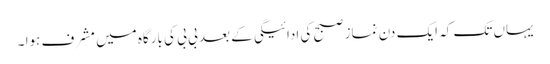
یہاں تک کہ ایک دن نماز صبح کی ادائیگی کے بعد بی بی کی بارگاہ میں مشرف ہوا ۔